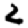
Digit: 2